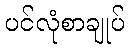
ပင်လုံစာချုပ်